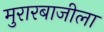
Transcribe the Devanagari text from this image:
मुरारबाजीला